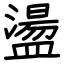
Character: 盪